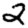
Digit: 2